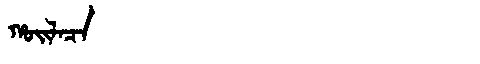
Manchu: ᡥᠣᡳᠯᠠᠴᠠ
Romanization: HOILACA